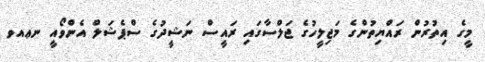
މީގެ އިތުރުން ރައްޔިތުންގެ މަޖިލީހުގެ ޖަލްސާގައި ރައީސް ނަޝީދުގެ ސްޕެޝަލް އެންވޯއީ ނޢއވ